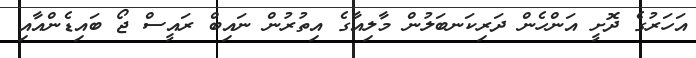
އަހަރުގެ ދޮށީ އަންހެން ދަރިކަނބަލުން މާލިއާގެ އިތުރުން ނައިބް ރައީސް ޖޯ ބައިޑެންއާއި